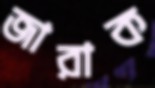
জারাক